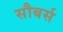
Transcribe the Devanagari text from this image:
सौबर्स